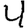
Digit: 4